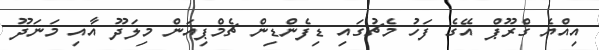
އިއްޔެ ގްރޫޕް އޭގެ ފަހު މެޗުގައި ޑިފެންޑިން ޗެމްޕިއަން މިލަދޫ އާއި މަނަދޫ